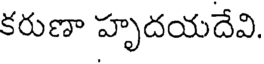
కరుణా హృదయదేవి.